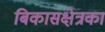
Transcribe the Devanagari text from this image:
बिकासक्षेत्रका